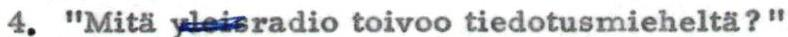
4. "Mitä yleisradio toivoo tiedotusmieheltä?"